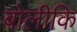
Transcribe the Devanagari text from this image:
बोलीकि